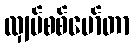
လျှပ်စစ်မော်တာ